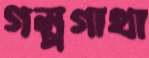
গল্পগাথা